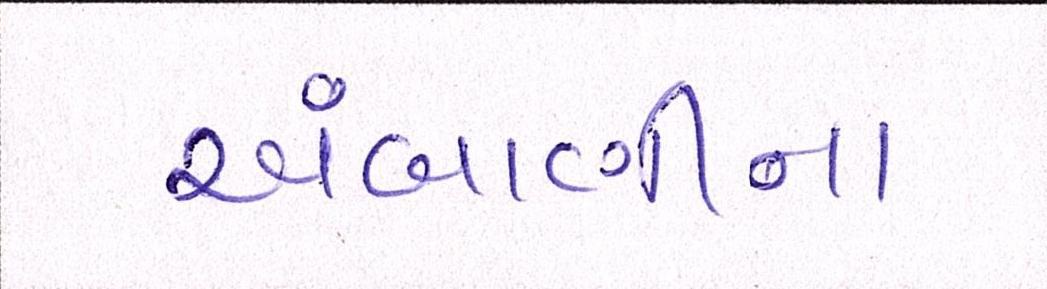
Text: અંબાણીના